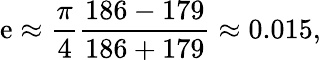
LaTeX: \mathrm{e}\approx{\frac{{\pi}}{{4}}}{\frac{{186-179}}{{186+179}}}\approx0.015,